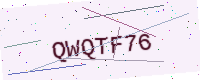
Text: QWQTF76